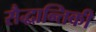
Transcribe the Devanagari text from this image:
सैद्धान्तिकी